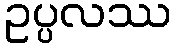
ဥပ္ပလဿ